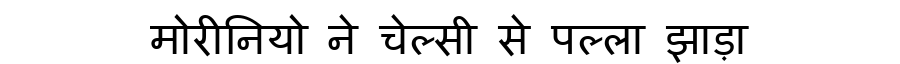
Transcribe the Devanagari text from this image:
मोरीनियो ने चेल्सी से पल्ला झाड़ा